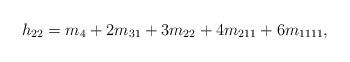
LaTeX: \begin{align*} h_{22} = m_4 + 2m_{31} + 3m_{22} + 4m_{211} + 6m_{1111},\end{align*}